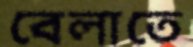
বেলাতে